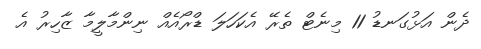
ދެން އަޅުގަނޑު 11 މިނެޓް ތެރޭ އެކަހަލަ ޑްރޯއެއް ނިންމާލީމާ ޒާހިރު އެ